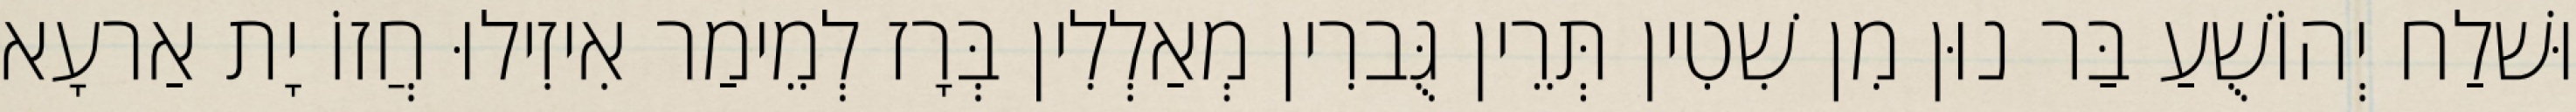
וּשׁלַח יְהוֹשֻׁעַ בַּר נוּן מִן שִׁטִין תְּרֵין גֻּברִין מְאַלְלִין בְּרָז לְמֵימַר אִיזִילוּ חֲזוֹ יָת אַרעָא